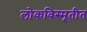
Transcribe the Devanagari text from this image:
लोकविस्मृतीत